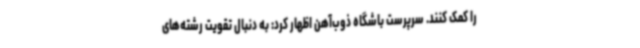
را کمک کنند. سرپرست باشگاه ذوب‌آهن اظهار کرد: به دنبال تقویت رشته‌های